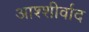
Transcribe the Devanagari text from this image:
आश्शीर्वाद